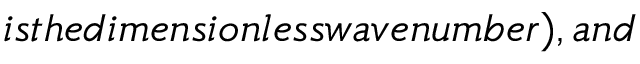
i s t h e d i m e n s i o n l e s s w a v e n u m b e r ) , a n d